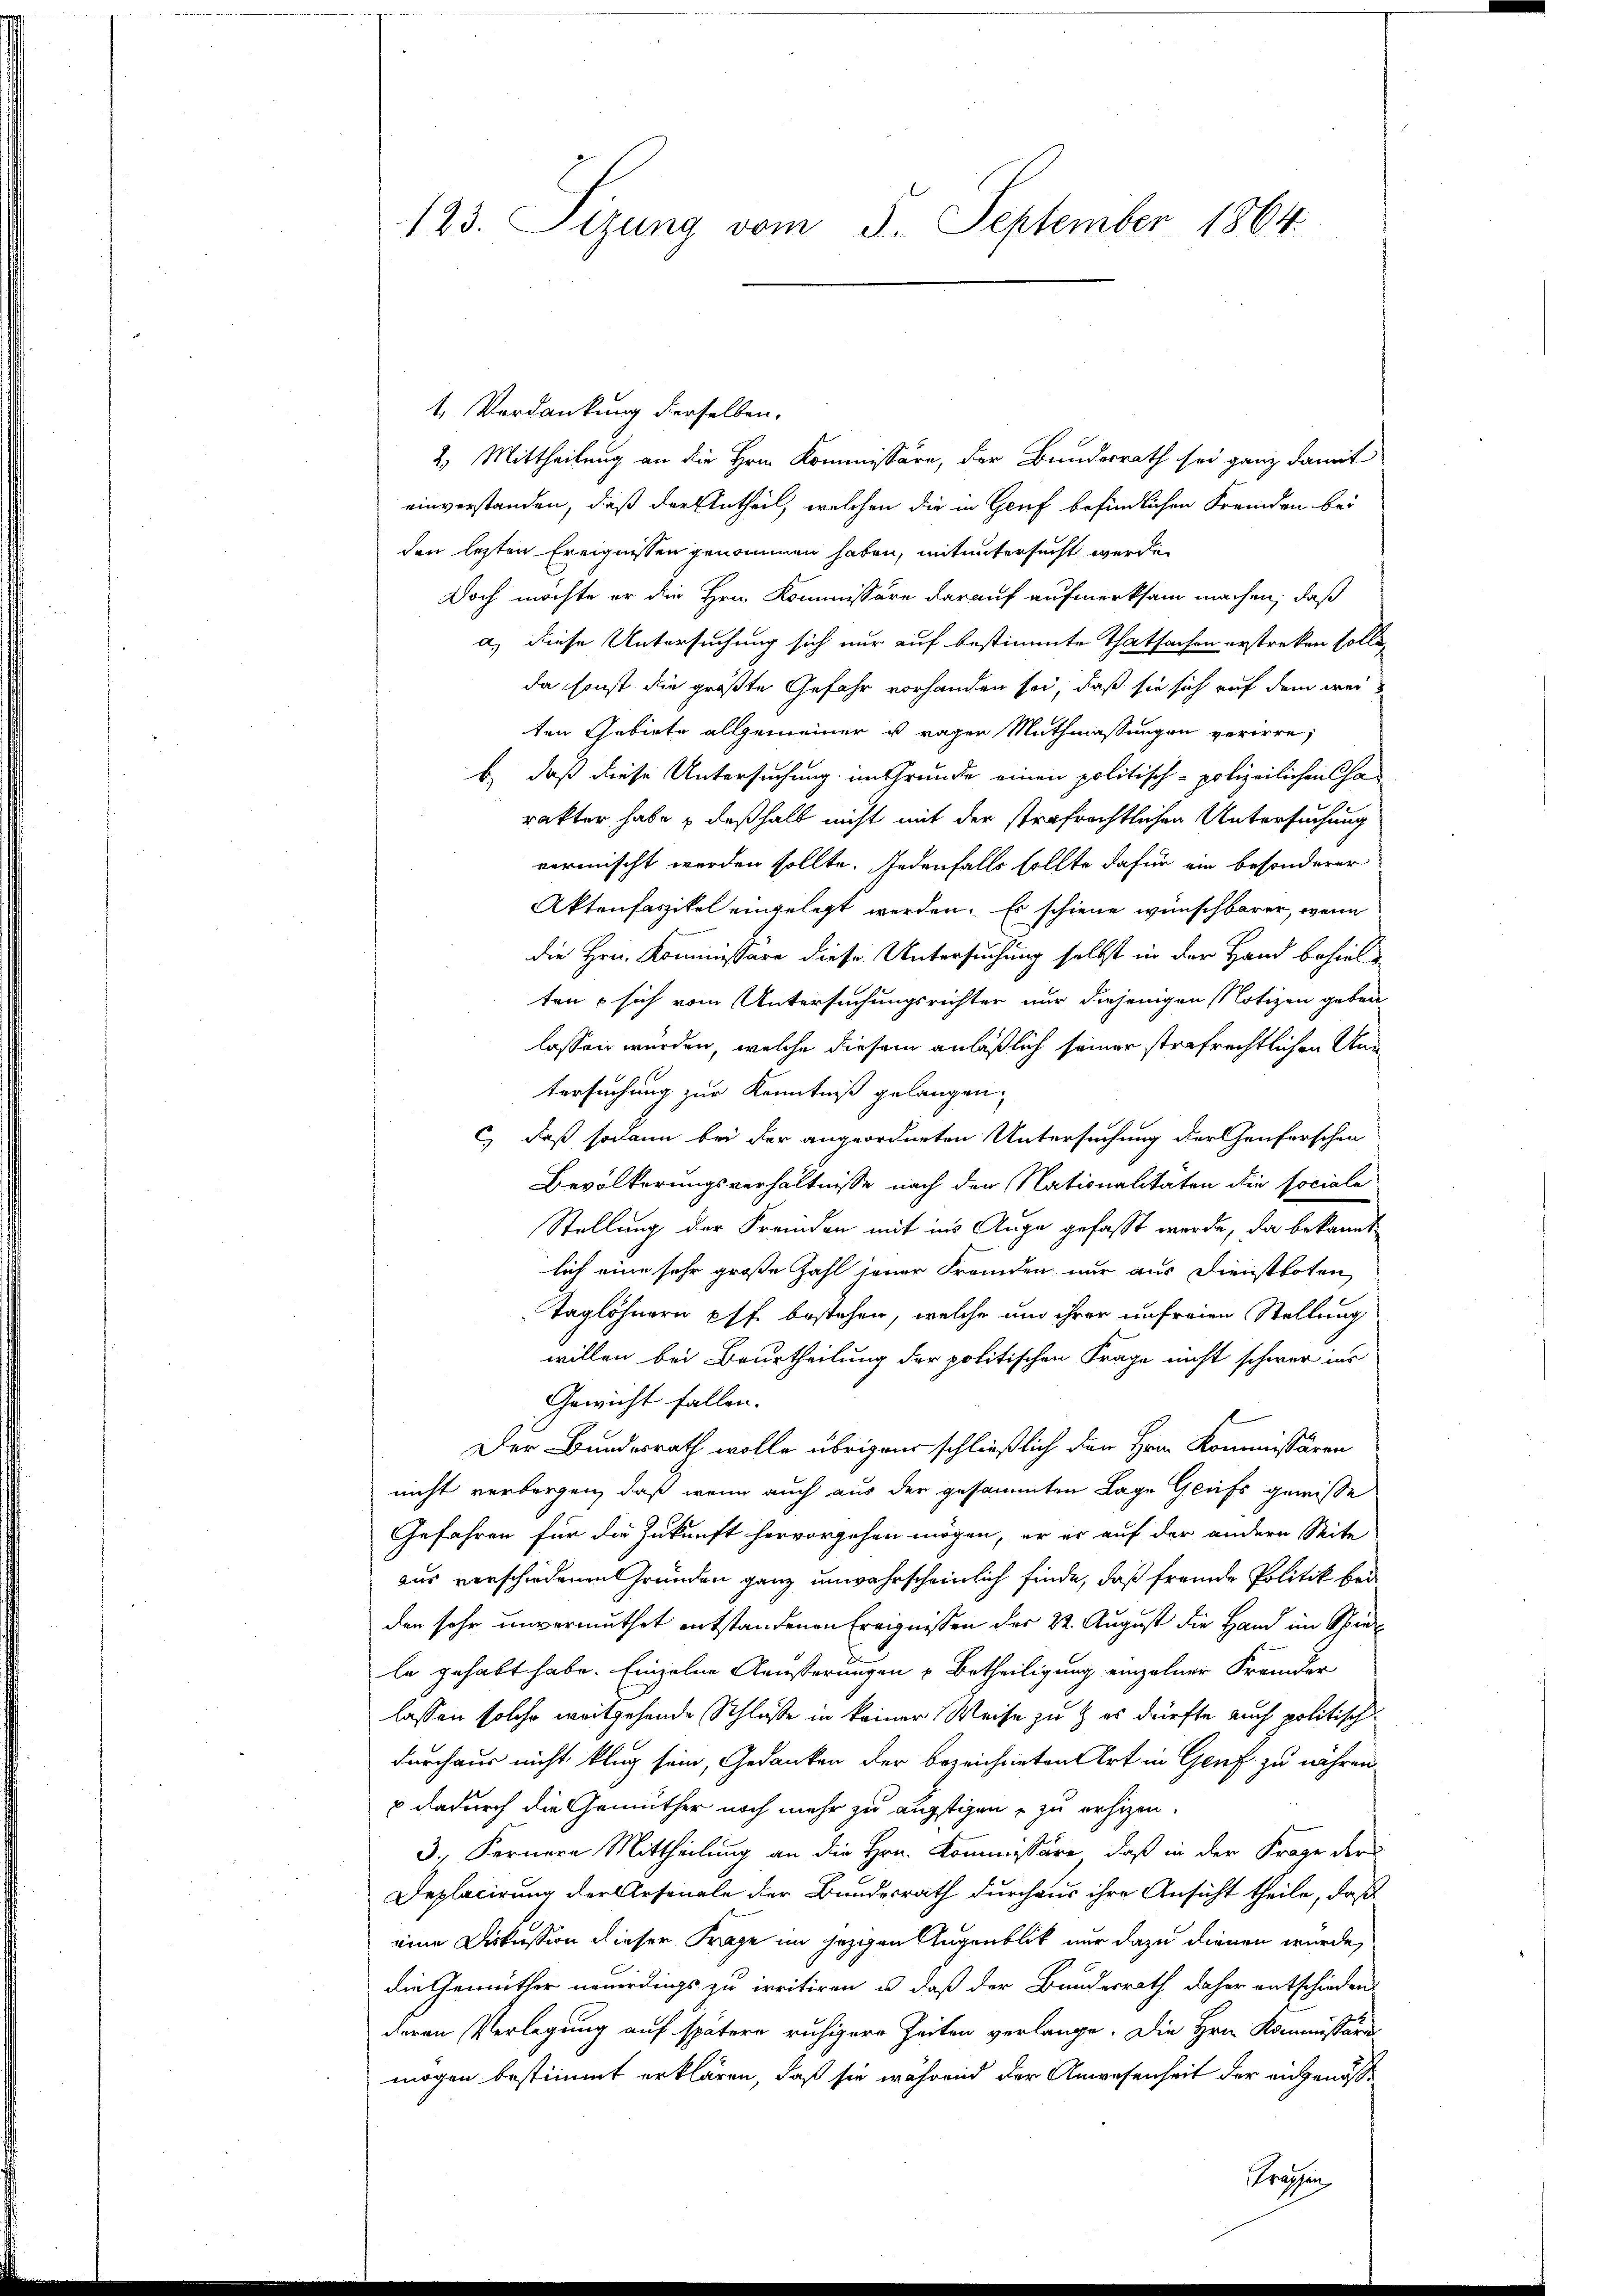
123. Sizung vom 5. September 1864.

1. Verdankung derselben.
2. Mittheilung an die Hrn. Kommissäre, der Bundesrath sei ganz damit
einverstanden, daß der Antheil, welchen die in Genf befindlichen Fremden bei
den lezten Ereignissen genommen haben, mit untersucht werde.
Doch möchte er die Hrn. Kommissäre darauf aufmerksam machen, daß
a) diese Untersuchung sich nur auf bestimmte Thatsachen erstreken solle,
da sonst die größte Gefahr vorhanden sei, daß sie sich auf dem weiten Gebiete allgemeiner u rager Muthmassungen verirre,
b) daß diese Untersuchung im Grunde einen politisch-polizeilichen Cha-
rakter habe & deßhalb nicht mit der strafrechtlichen Untersuchung
vermischt werden sollte. Jedenfalls sollte dafür ein besonderer
Aktenfaszikel eingelegt werden. Es schiene wünschbarer, wenn
die Hrn. Kommissäre diese Untersuchung selbst in der Hand behielten  sich vom Untersuchungsrichter nur diejenigen Notizen geben
lassen werden, welche diesem anläßlich seiner strafrechtlichen And
tersuchung zur Kenntniß gelangen,
c) daß sodann bei der angeordneten Untersuchung der Genferschen
Bevölkerungsverhältnisse nach den Nationalitäten die sociale
Stellung der Freiden mit ins Auge gefasst werde, da bekannt
lich eine sehr große Zahl jener Fremden nur aus Dienstboten
Taglöhnern pff. bestehen, welche um ihrer unfreien Stellung
willen bei Beurtheilung der politischen Frage nicht schwer ins
Gewicht fallen.
Der Bundesrath wolle übrigen schließlich den Hrn. Kommissären
nicht verborgen, daß wenn auch aus der gesammten Lage Grufs gewisse
Gefahren für die Zukunft hervorgehen mögen, er er auf der andern Seite
aus verschiedenen Gründen ganz unwahrscheinlich finde, daß fremde Politik bei
den sehr unvermuthet entstandenen Ereignissen der 22. August die Hand im Spiel
le gehabt habe. Einzelne Aeußerungen Betheiligung einzelner Fremder
lassen solche weitgehende Schluße in keiner Weise zu & es dürfte auch politisch
durchaus nicht klug sein, Gedanken der bezeichneten Art in Genf zu währen
u dadurch die Gemüther noch mehr zu ängstigen, zu erhizen.
3. Fernere Mittheilung an die Hrn. Kommissäre, daß in der Frage der
Deplacirung der Arsenale der Bundesrath durchaus ihre Ansicht theile, daß
eine Diskussion dieser Frage im jezigen Augenblick nur dazu dienen würde,
die Gemüther neuerdings zu irritiren u. daß der Bundesrath daher entschieden
deren Verlegung auf spätere ruhigere Zeiten verlange. Die Hrn. Kommissäre
mögen bestimmt erklären, daß sie während der Anwesenheit der eingenosse
srangen